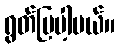
ရွတ်ပြပါ့မယ်။